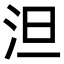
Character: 泹